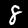
Label: 8